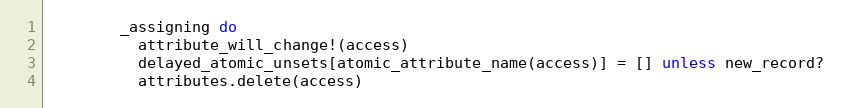
Language: Ruby
        _assigning do
          attribute_will_change!(access)
          delayed_atomic_unsets[atomic_attribute_name(access)] = [] unless new_record?
          attributes.delete(access)